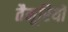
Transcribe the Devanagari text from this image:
तैमूरियों